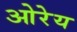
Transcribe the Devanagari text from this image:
ओरेय